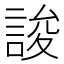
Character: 誜